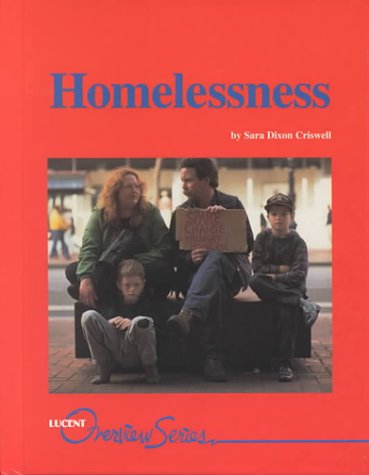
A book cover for Homelessness (Overview); Sara Dixon Criswell; Teen & Young Adult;